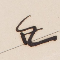
٤